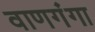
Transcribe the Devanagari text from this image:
वाणगंगा